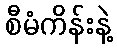
စီမံကိန်းနဲ့